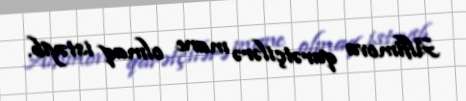
Alfimova qarətçilərə mane olmaq istəyib.